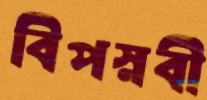
বিপস্নবী